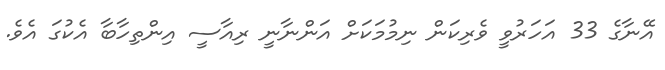
އޭނާގެ 33 އަހަރުވީ ވެރިކަން ނިމުމަކަށް އަންނާނީ ރިއާސީ އިންތިހާބާ އެކުގަ އެވެ.